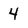
Character: 4